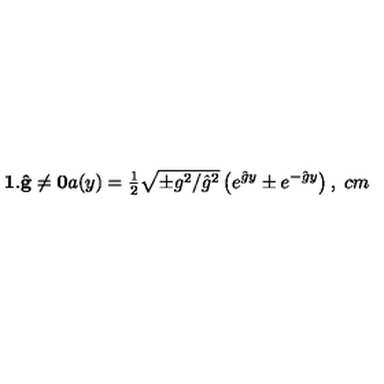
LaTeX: \mathbf { 1 . \hat { g } \neq 0 } a ( y ) = { \textstyle \frac { 1 } { 2 } } \sqrt { \pm g ^ { 2 } / \hat { g } ^ { 2 } } \left( e ^ { \hat { g } y } \pm e ^ { - \hat { g } y } \right) , \hspace { 3 c m }